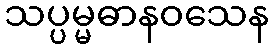
သပ္ပမ္မဓာနဝသေန